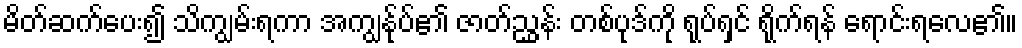
မိတ်ဆက်ပေး၍ သိကျွမ်းရကာ အကျွန်ုပ်၏ ဇာတ်ညွှန်း တစ်ပုဒ်ကို ရုပ်ရှင် ရိုက်ရန် ရောင်းရလေ၏။